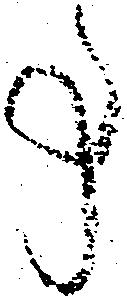
事